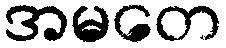
အမတေ